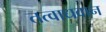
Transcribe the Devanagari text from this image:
तत्वाधवान